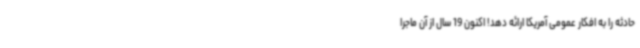
حادثه را به افکار عمومی آمریکا ارائه دهد! اکنون 19 سال از آن ماجرا